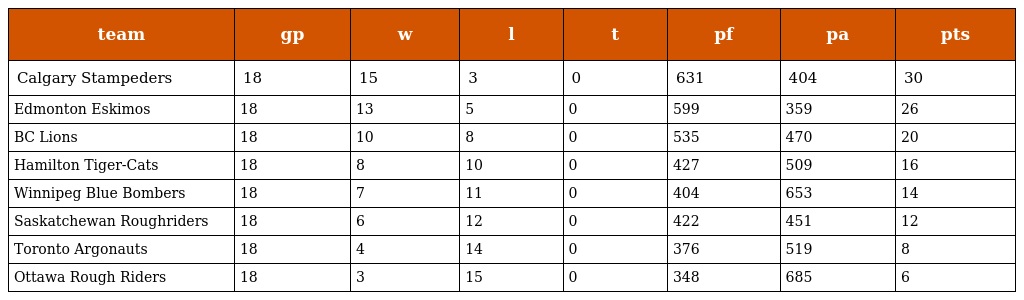
| team | gp | w | l | t | pf | pa | pts |
 | --- | --- | --- | --- | --- | --- | --- | --- |
 | Calgary Stampeders | 18 | 15 | 3 | 0 | 631 | 404 | 30 |
 | Edmonton Eskimos | 18 | 13 | 5 | 0 | 599 | 359 | 26 |
 | BC Lions | 18 | 10 | 8 | 0 | 535 | 470 | 20 |
 | Hamilton Tiger-Cats | 18 | 8 | 10 | 0 | 427 | 509 | 16 |
 | Winnipeg Blue Bombers | 18 | 7 | 11 | 0 | 404 | 653 | 14 |
 | Saskatchewan Roughriders | 18 | 6 | 12 | 0 | 422 | 451 | 12 |
 | Toronto Argonauts | 18 | 4 | 14 | 0 | 376 | 519 | 8 |
 | Ottawa Rough Riders | 18 | 3 | 15 | 0 | 348 | 685 | 6 |